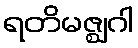
ရတိမဇ္ဈဂါ